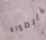
البطوله